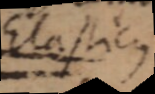
Elasticus